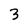
Character: 3